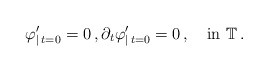
\begin{align*}\varphi^\prime_{\vert\,t=0}=0\,,\partial_t\varphi^\prime_{\vert\,t=0}=0\,,\quad\mbox{in}\,\,\mathbb T\,.\end{align*}